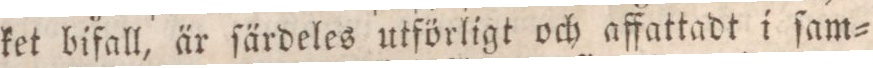
ket bifall, är ſärdeles utförligt och affattadt i ſam=